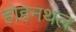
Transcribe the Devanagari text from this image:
होहेनथल